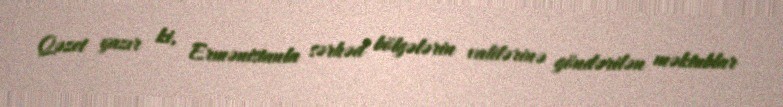
Qəzet yazır ki, Ermənistanla sərhəd bölgələrin valilərinə göndərilən məktublar